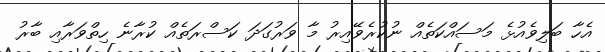
އެހާ ބަލިވެއުޅެ މަސައްކަތެއް ނުކުރެވޭއިރު މާ ވަރުގަދަ ކަސްރަތެއް ކުރާނެ ހިތްވަރާއި ބާރު